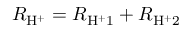
R _ { \mathrm { H } ^ { + } } = R _ { \mathrm { H } ^ { + } 1 } + R _ { \mathrm { H } ^ { + } 2 }